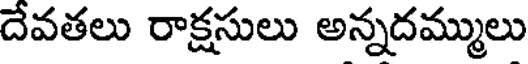
దేవతలు రాక్షసులు అన్నదమ్ములు